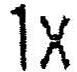
1X